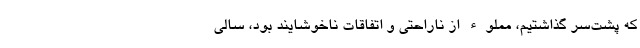
که پشت‌سر گذاشتیم، مملوء از ناراحتی و اتفاقات ناخوشایند بود، سالی